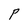
Character: P